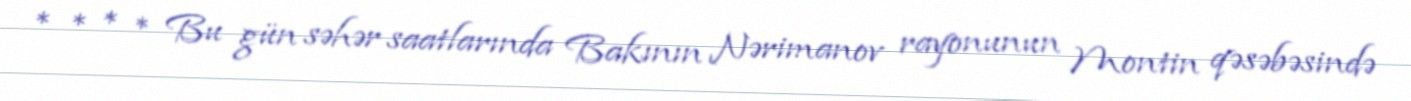
* * * * Bu gün səhər saatlarında Bakının Nərimanov rayonunun Montin qəsəbəsində